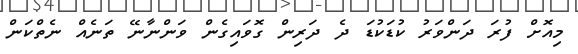
މިއޮށް ފުރަ ދަންވަރު ކުޑަކުޑަ ދެ ދަރިން ގޮވައިގެން ވަންނާނޭ ތަނެއް ނެތްކަން